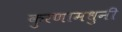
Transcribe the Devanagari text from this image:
कुरणामधुनी